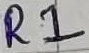
Text: R1